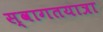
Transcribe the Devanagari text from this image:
स्वागतयात्रा